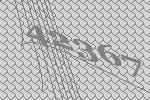
42367